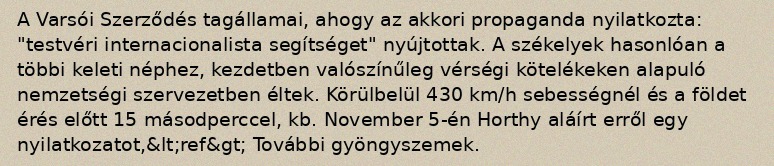
A Varsói Szerződés tagállamai, ahogy az akkori propaganda nyilatkozta: "testvéri internacionalista segítséget" nyújtottak. A székelyek hasonlóan a többi keleti néphez, kezdetben valószínűleg vérségi kötelékeken alapuló nemzetségi szervezetben éltek. Körülbelül 430 km/h sebességnél és a földet érés előtt 15 másodperccel, kb. November 5-én Horthy aláírt erről egy nyilatkozatot,&lt;ref&gt; További gyöngyszemek.